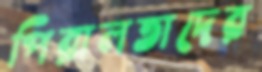
পিরালতাদের